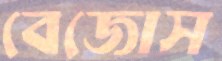
বেজোস